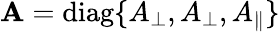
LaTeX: \mathbf{A}=\textrm{diag}\{ A_{\perp},A_{\perp},A_{\parallel}\}